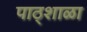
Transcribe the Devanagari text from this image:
पाठ्शाळा